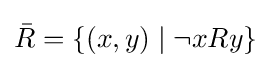
{\bar {R}}=\{(x,y)\mid \neg xRy\}